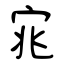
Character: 宨